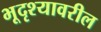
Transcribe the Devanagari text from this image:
भूदृश्यावरील